Reports on dispensaries and lunatic asylums in the Province of Oudh - 1869-1876
Year: 1869
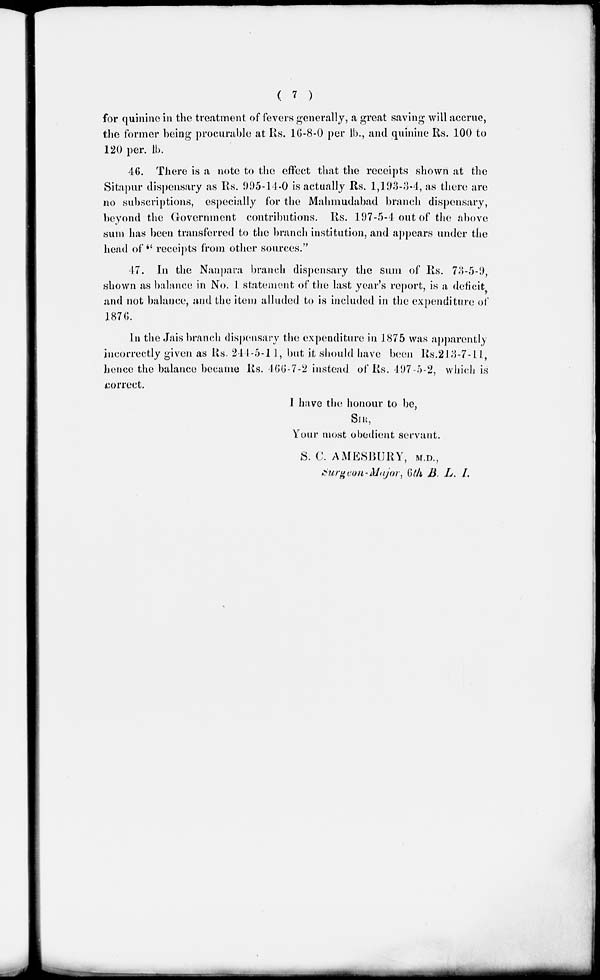
( 7 )
for quinine in the treatment of fevers generally, a great saving will accrue,
the former being procurable at Rs. 16-8-0 per lb., and quinine Rs. 100 to
120 per. lb.
46. There is a note to the effect that the receipts shown at the
Sitapur dispensary as Rs. 995-14-0 is actually Rs. l,l93-3-4, as there are
no subscriptions, especially for the Mahmudabad branch dispensary,
beyond the Government contributions. Rs. 197-5-4 out of the above
sum has been transferred to the branch institution, and appears under the
head of " receipts from other sources."
17. In the Nanpara branch dispensary the sum of Rs. 73-5-9,
shown as balance in No. 1 statement of the last year's report, is a deficit
and not balance, and the item alluded to is included in the expenditure of
1876.
In the Jais branch dispensary the expenditure in 1875 was apparently
incorrectly given as Rs. 244-5-11, but it should have been Rs.213-7-11,
hence the balance became Rs. 466-7-2 instead of Rs. 497-5-2, which is
correct.
I have the honour to be,
SIR,
Your most obedient servant.
S. C. AMESBURY, M.D.,
Surgeon-Major, 6th B. L. I.